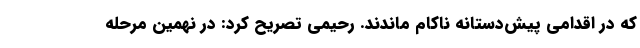
که در اقدامی پیش‌دستانه ناکام ماندند. رحیمی تصریح کرد: در نهمین مرحله